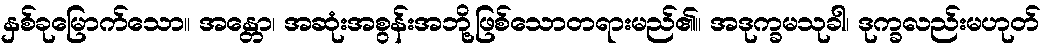
နှစ်ခုမြောက်သော။ အန္တော၊ အဆုံးအစွန်းအဘို့ဖြစ်သောတရားမည်၏။ အဒုက္ခမသုခါ၊ ဒုက္ခလည်းမဟုတ်